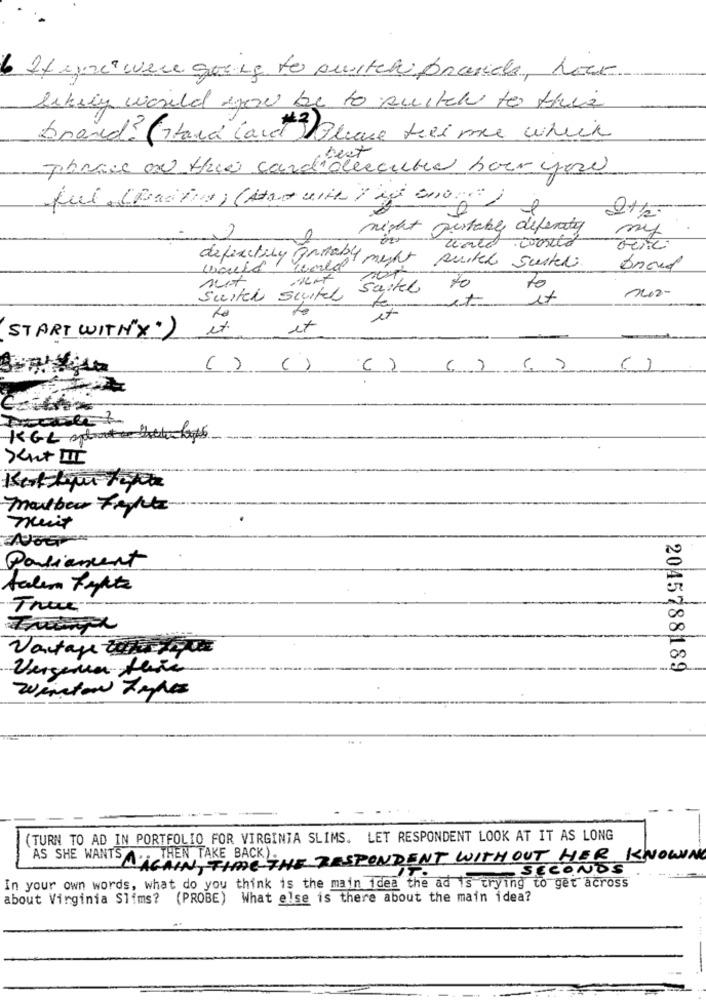
6. It ive were going to switchi praside, hour
likely would you be to switch to this
brand? (and Caret Bleue tres me which
phrase on this cardiolescuted boer you
night portable diferity
wald world
definitely printable might suited suited
world
to
Switch switch Suited to
1202-
ex
START WITH"X")
ix
( ) ( )
() ( ) ( )
( )
KGL bthellas
mailbeer Fights
nuit
Parliament
Vantage Warque
Vergenee flite
2045788189
(TURN TO AD IN PORTFOLIO FOR VIRGINIA SLIMS. LET RESPONDENT LOOK AT IT AS LONG
AS SHE WANTSIHREN THETHE RESPONDENT WITHOUT HER KNOWN
SECONDS
In your own words, what do you think is the main idea the ad is trying to get across
about Virginia Slims? (PROBE) What else is there about the main idea?